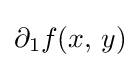
\partial _{1}f(x,\,y)